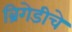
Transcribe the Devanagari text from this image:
ब्रिगेडीचे